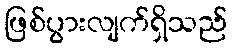
ဖြစ်ပွားလျက်ရှိသည်